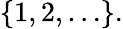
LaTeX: \{ 1,2,\ldots\} .